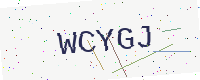
Text: WCYGJ